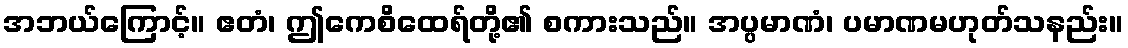
အဘယ်ကြောင့်။ ဧတံ၊ ဤကေစိထေရ်တို့၏ စကားသည်။ အပ္ပမာဏံ၊ ပမာဏမဟုတ်သနည်း။